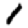
Digit: 1